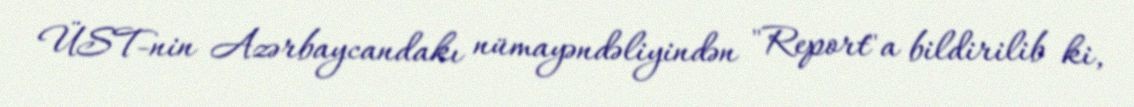
ÜST-nin Azərbaycandakı nümayəndəliyindən "Report"a bildirilib ki,